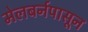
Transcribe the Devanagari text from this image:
मेलबर्नपासून